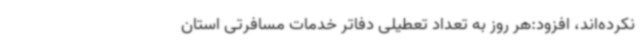
نکرده‌اند، افزود:هر روز به تعداد تعطیلی دفاتر خدمات مسافرتی استان